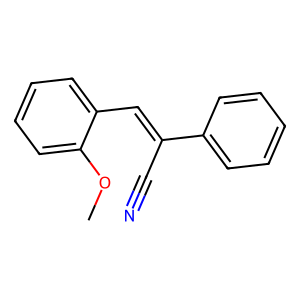
SMILES: COc1ccccc1C=C(C#N)c1ccccc1
Inhibits HIV replication: No